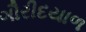
ગૌરીદયાળ